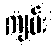
ကျမ်း